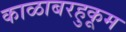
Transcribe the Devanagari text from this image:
काळाबरहुकूम